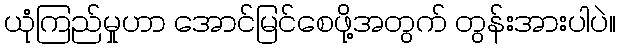
ယုံကြည်မှုဟာ အောင်မြင်စေဖို့အတွက် တွန်းအားပါပဲ။